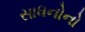
સાધનોનો